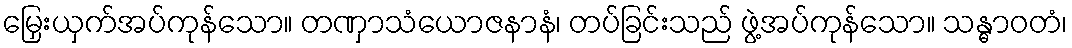
မြှေးယှက်အပ်ကုန်သော။ တဏှာသံယောဇနာနံ၊ တပ်ခြင်းသည် ဖွဲ့အပ်ကုန်သော။ သန္ဓာဝတံ၊